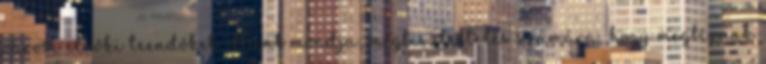
városi elnöki teendôket. Mint mondja, megtiszteltetés számára, hogy megbíznak